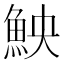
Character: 䱀